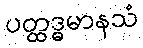
ပတ္ထဒ္ဓမာနသံ